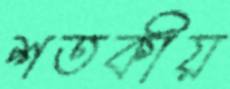
শতকীয়